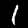
Label: 1